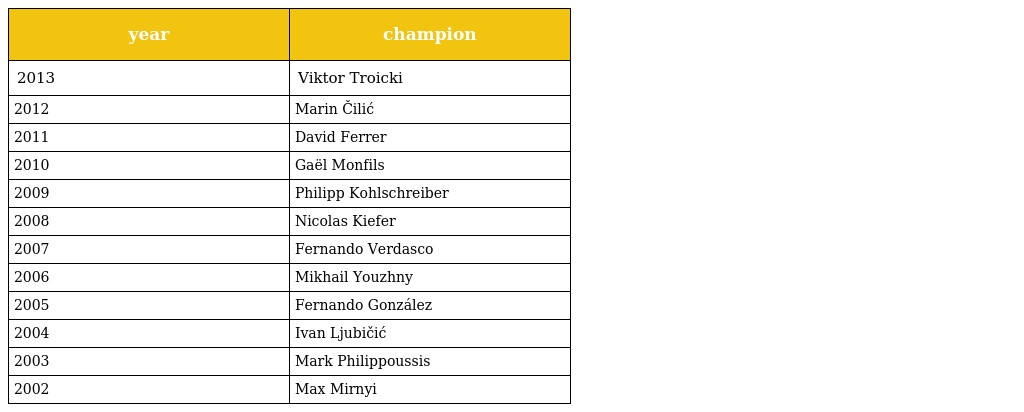
| year | champion |
 | --- | --- |
 | 2013 | Viktor Troicki |
 | 2012 | Marin Čilić |
 | 2011 | David Ferrer |
 | 2010 | Gaël Monfils |
 | 2009 | Philipp Kohlschreiber |
 | 2008 | Nicolas Kiefer |
 | 2007 | Fernando Verdasco |
 | 2006 | Mikhail Youzhny |
 | 2005 | Fernando González |
 | 2004 | Ivan Ljubičić |
 | 2003 | Mark Philippoussis |
 | 2002 | Max Mirnyi |